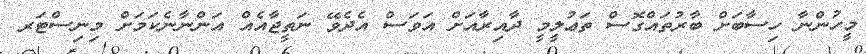
މީހުންނާ ހިސާބަށް ބާރުތައްގޮސް ތަޢުލީމީ ދާއިރާއަށް އަވަސް އެދެވޭ ނަތީޖާއެއް އަންނާނެކަމަށް މިނިސްޓަރ